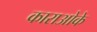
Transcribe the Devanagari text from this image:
काराओके